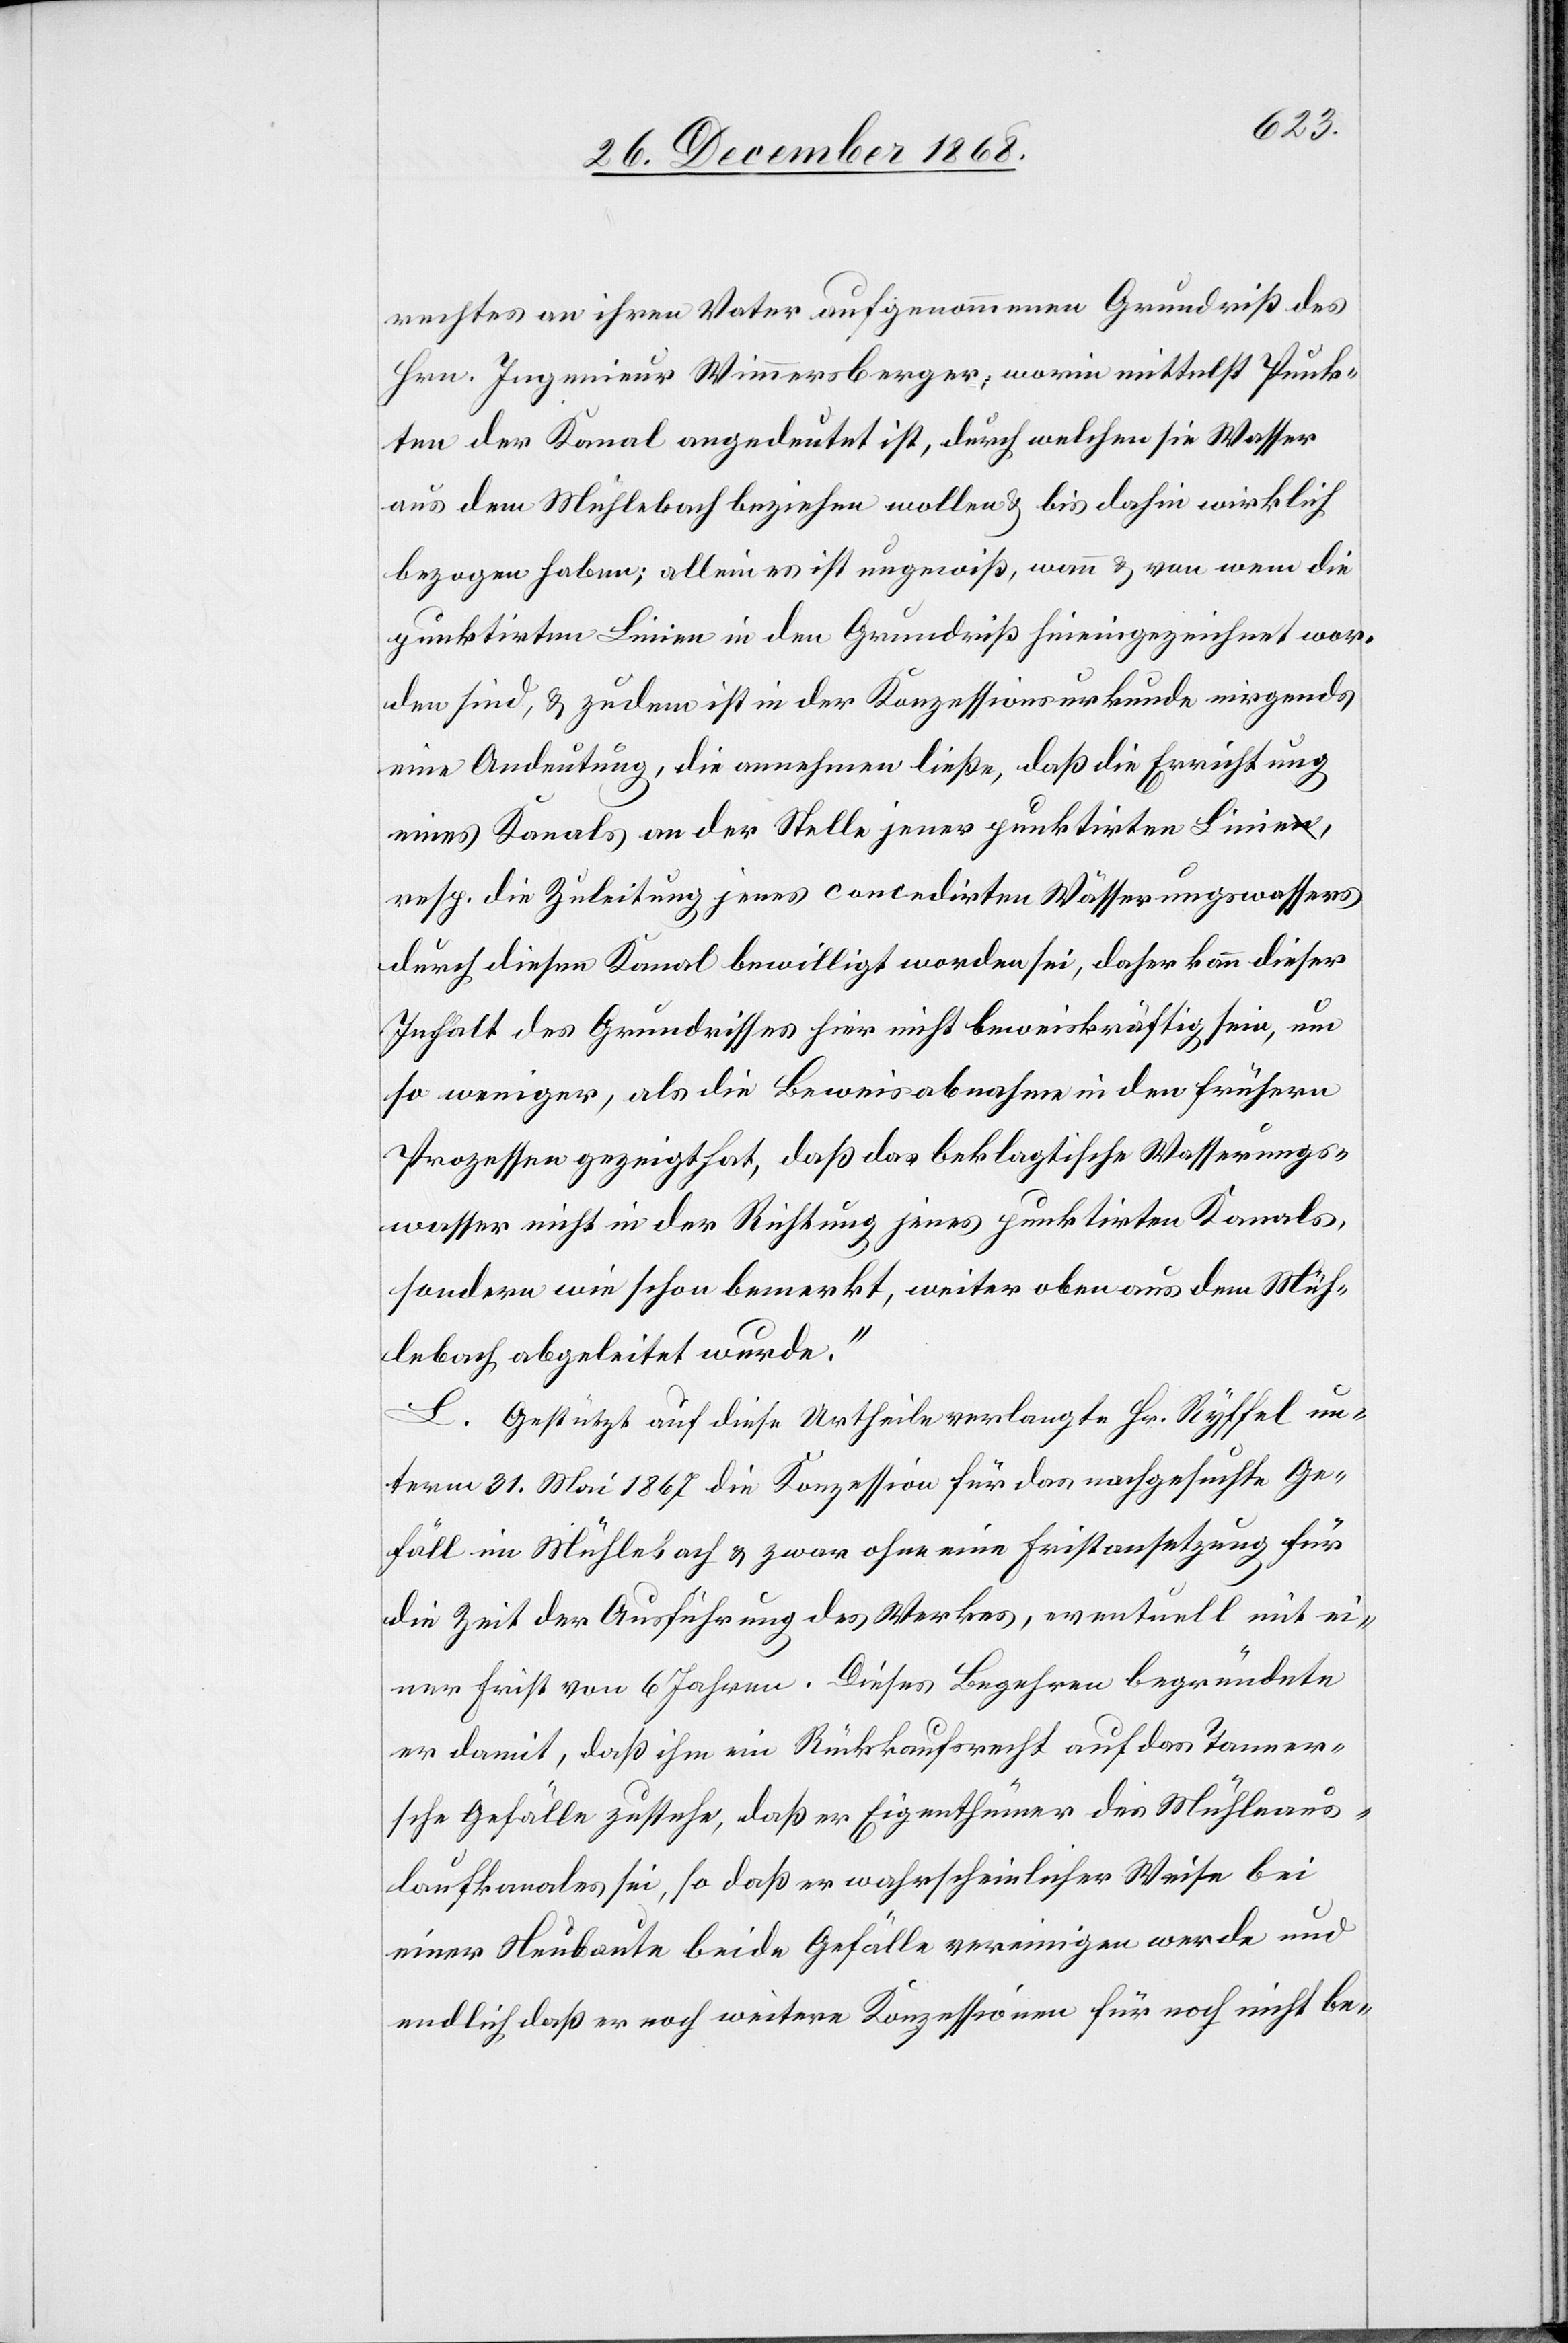
rechtes an ihren Vater aufgenommenen Grundriß des
Hrn. Ingenieur Wimmersberger, worin mittelst Punk¬
ten der Kanal angedeutet ist, durch welchen sie Wasser
aus dem Mühlebach beziehen wollen & bis dahin wirklich
bezogen haben; allein es ist ungewiß, wann & von wem die
punktirten Linien in den Grundriß hineingezeichnet wor¬
den sind, & zudem ist in der Konzessionsurkunde nirgends
eine Andeutung, die annehmen ließe, daß die Errichtung
eines Kanals an der Stelle jener punktirten Linie,
resp. die Zuleitung jenes concedirten Wässerungswassers
durch diesen Kanal bewilligt worden sei, daher kann dieser
Inhalt des Grundrisses hier nicht beweiskräftig sein, um
so weniger, als die Beweisabnahme in den frühern
Prozessen gezeigt hat, daß das beklagtische Wasserungs¬
wasser nicht in der Richtung jenes punktirten Kanals,
sondern wie schon bemerkt, weiter oben aus dem Müh¬
lebach abgeleitet wurde.“
L. Gestützt auf diese Urtheile verlangte Hr. Ryffel un¬
term 31. Mai 1867 die Konzession für das nachgesuchte Ge¬
fäll im Mühlebach & zwar ohne eine Fristansetzung für
die Zeit der Ausführung des Werkes, eventuell mit ei¬
ner Frist von 6 Jahren. Dieses Begehren begründete
er damit, daß ihm ein Rückkaufsrecht auf das Tanner¬
sche Gefälle zustehe, daß er Eigenthümer des Mühleaus¬
laufkanales sei, so daß er wahrscheinlicher Weise bei
einer Neubaute beide Gefälle vereinigen werde und
endlich daß er noch weitere Konzessionen für noch nicht be-